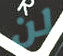
لن